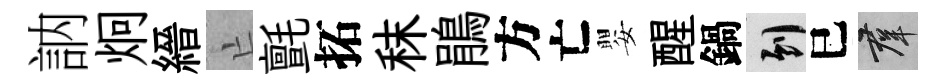
訥炯縉亡氈拓秣鵑方亡嬰醒鍋到巳群